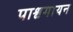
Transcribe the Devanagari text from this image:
पाश्वगायन